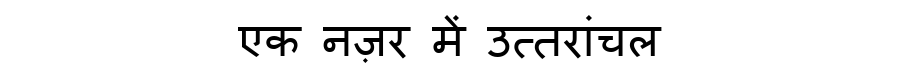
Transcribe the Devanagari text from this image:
एक नज़र में उत्तरांचल